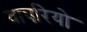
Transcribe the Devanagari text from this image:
वापरियो